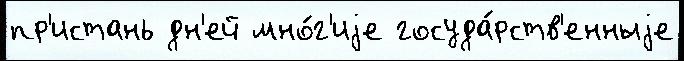
пр'истань дн'ей мно́г'иjе госуда́рств'енныjе